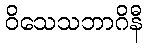
ဝိသေသဘာဂိနီ